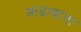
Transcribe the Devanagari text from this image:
आढावांना